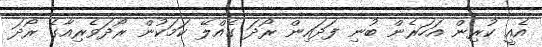
އެއީ ކުރިން އަހަރެން ބުނި ފަދައިން ރޯދަ ގެއްލޭ ކަމަކުން ރޯދަވެރިއާގެ ރޯދަ